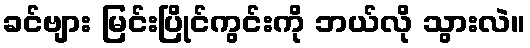
ခင်ဗျား မြင်းပြိုင်ကွင်းကို ဘယ်လို သွားလဲ။